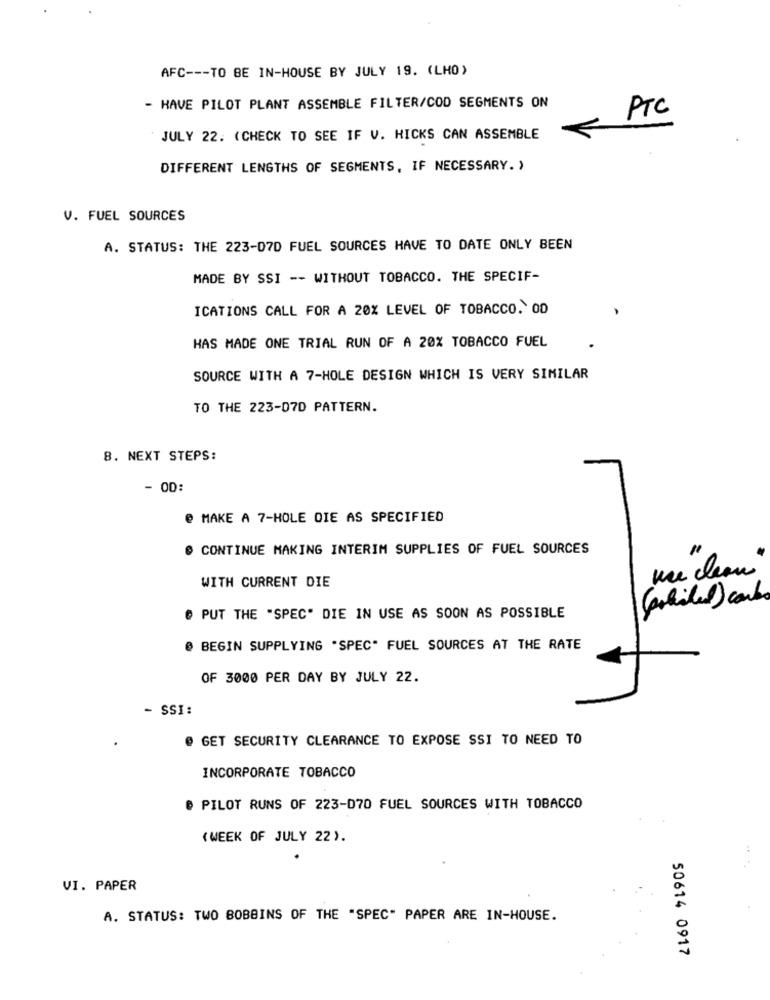
AFC --- TO BE IN-HOUSE BY JULY 19. (LHO)
- HAVE PILOT PLANT ASSEMBLE FILTER/COD SEGMENTS ON
PTC
JULY 22. (CHECK TO SEE IF V. HICKS CAN ASSEMBLE
DIFFERENT LENGTHS OF SEGMENTS, IF NECESSARY. >
V. FUEL SOURCES
A. STATUS: THE 223-070 FUEL SOURCES HAVE TO DATE ONLY BEEN
MADE BY SSI -- WITHOUT TOBACCO. THE SPECIF-
ICATIONS CALL FOR A 20% LEVEL OF TOBACCO. 00
HAS MADE ONE TRIAL RUN OF A 20% TOBACCO FUEL
SOURCE WITH A 7-HOLE DESIGN WHICH IS VERY SIMILAR
TO THE 223-07D PATTERN.
8. NEXT STEPS:
- 00:
@ MAKE A 7-HOLE DIE AS SPECIFIED
@ CONTINUE MAKING INTERIM SUPPLIES OF FUEL SOURCES
WITH CURRENT DIE
(poliled) combo
@ PUT THE "SPEC" DIE IN USE AS SOON AS POSSIBLE
BEGIN SUPPLYING .SPEC" FUEL SOURCES AT THE RATE
OF 3000 PER DAY BY JULY 22.
- SSI:
@ GET SECURITY CLEARANCE TO EXPOSE SSI TO NEED TO
INCORPORATE TOBACCO
@ PILOT RUNS OF 223-070 FUEL SOURCES WITH TOBACCO
( WEEK OF JULY 22).
VI. PAPER
A. STATUS: TWO BOBBINS OF THE "SPEC" PAPER ARE IN-HOUSE.
50614 0917